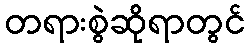
တရားစွဲဆိုရာတွင်